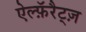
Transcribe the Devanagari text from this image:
ऐल्फ़ॅरैट्ज़